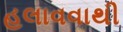
હલાવવાથી